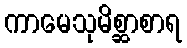
ကာမေသုမိစ္ဆာစာရ